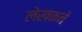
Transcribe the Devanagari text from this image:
लेखकने